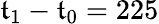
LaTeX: \mathfrak{t}_{1}-\mathfrak{t}_{0}=225